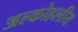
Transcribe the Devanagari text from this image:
अल्कोहलीय